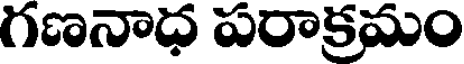
గణనాధ పరాక్రమం